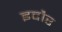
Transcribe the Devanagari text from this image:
इदौर